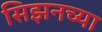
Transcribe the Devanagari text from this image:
सिझनच्या